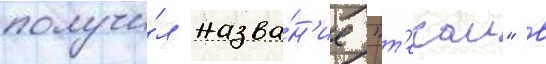
получи́л назва́н'ие "т'екаи" в